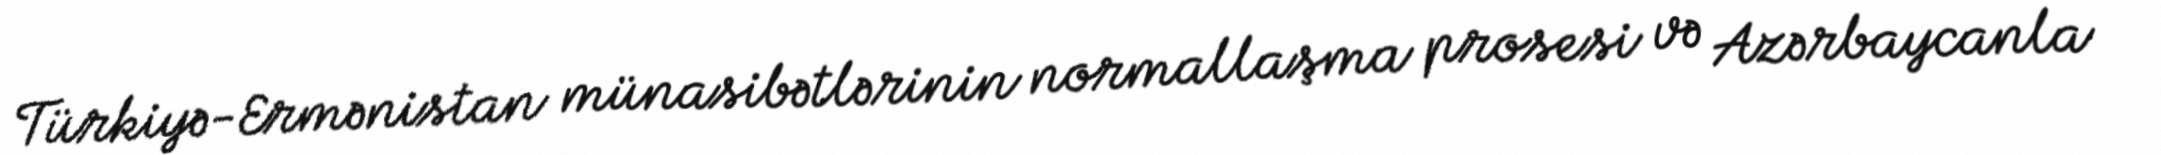
Türkiyə-Ermənistan münasibətlərinin normallaşma prosesi və Azərbaycanla